Annual report of the Imperial Bacteriologist
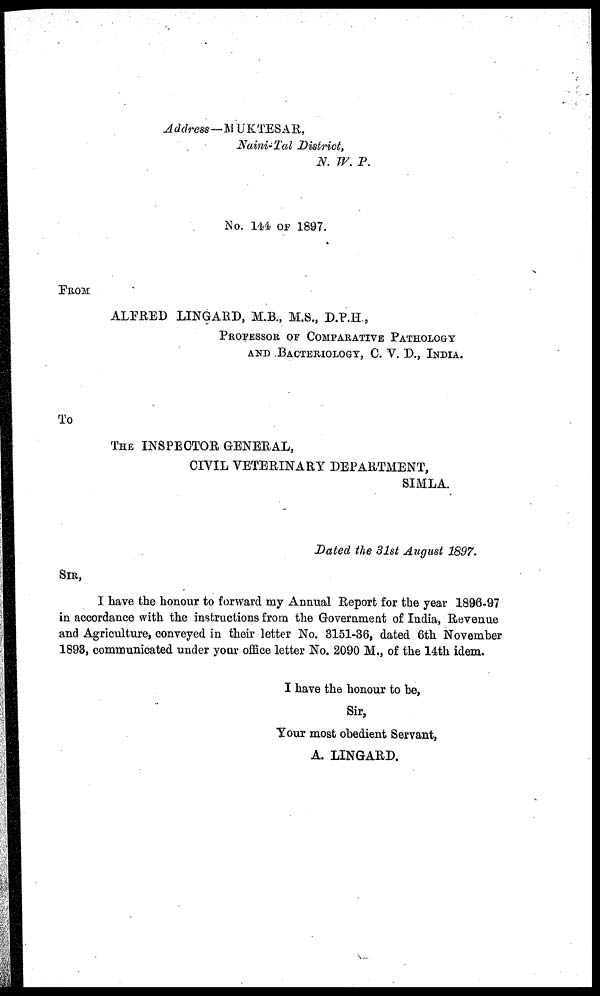
Address- MUKTESAR,
Naini-Tal District,
N. W. P.
No. 144 OF 1897.
FROM
ALFRED LINGARD, M.B., M.S., D.P.H.,
PROFESSOR OF COMPARATIVE PATHOLOGY
AND BACTERIOLOGY, C. V. D., INDIA.
To
THE INSPECTOR GENERAL,
CIVIL VETERINARY DEPARTMENT,
SIMLA.
Dated the 31st August 1897.
SIR,
I have the honour to forward my Annual Report for the year 1896-97
in accordance with the instructions from the Government of India, Revenue
and Agriculture, conveyed in their letter No. 3151-36, dated 6th November
1893, communicated under your office letter No. 2090 M., of the 14th idem.
I have the honour to be,
Sir,
Your most obedient Servant,
A. LINGARD.